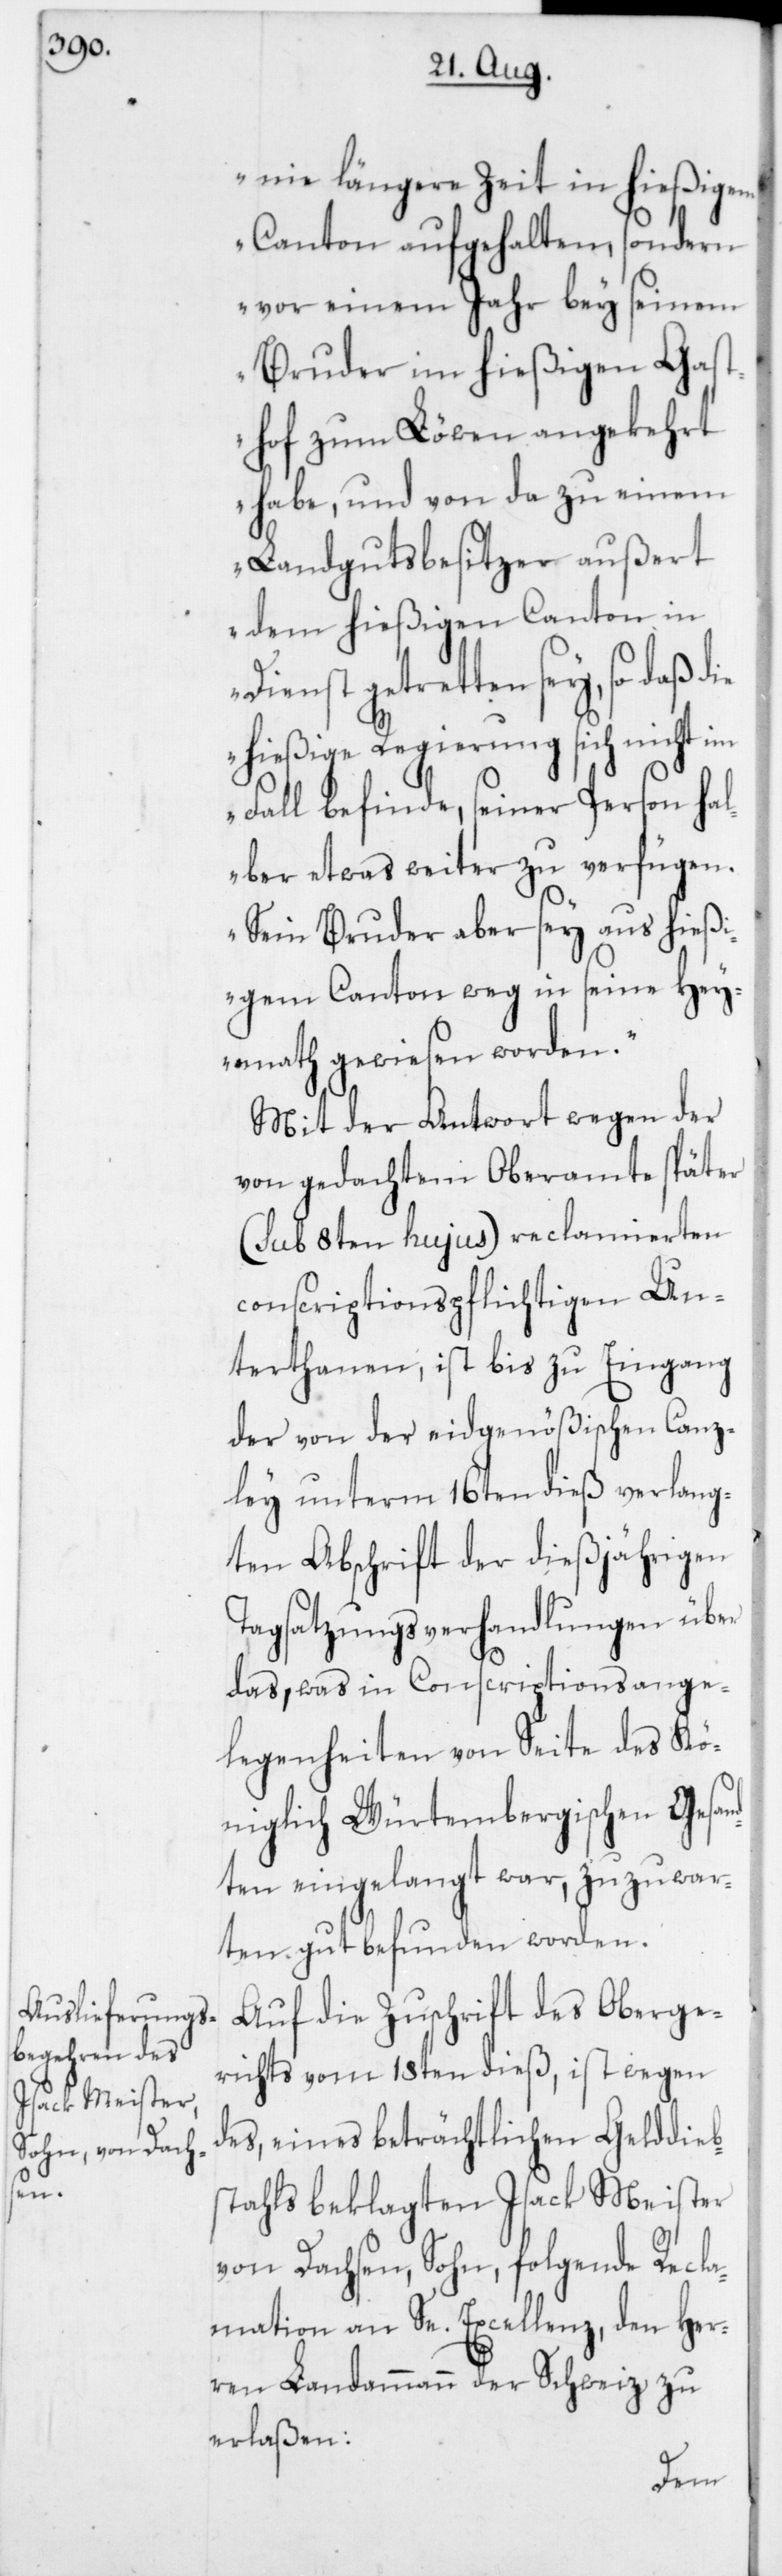
nie längere Zeit in hießigem
Canton aufgehalten, sondern
vor einem Jahr bey seinem
Bruder im hießigen Gast¬
hof zum Löwen angekehrt
habe, und von da zu einem
Landgutbesitzer außert
dem hießigen Canton in
Dienst getretten sey, so daß
hießige Regierung sich nicht im
Fall befinde, seiner Person hal¬
ber etwas weiter zu verfügen.
Sein Bruder aber sey aus hießi¬
gem Canton weg in seine Hey¬
math gewiesen worden.“
Mit der Antwort wegen der
von gedachtem Oberamte später
(sub 8ten hujus) reclamierten
conscriptionspflichtigen Un¬
terthanen; ist bis zu Eingang
der von der eydgenößischen Canz¬
ley unterm 16ten dieß verlang¬
ten Abschrift der dießjährigen
Tagsatzungsverhandlungen über
das, was in Conscriptionsange¬
legenheiten von Seite des Kö¬
niglich Würtembergischen Gesan¬
dten eingelangt war, zuzuwar¬
ten gut befunden worden.
Auf die Zuschrift des Oberge¬
richts vom 18ten dieß, ist wegen
des eines beträchtlichen Gelddieb¬
stahls beklagten Isack Meister
von Dachsen, Sohn, folgende Recla¬
mation an Se. Excellenz, den Her¬
ren Landammann der Schweiz zu
erlaßen: